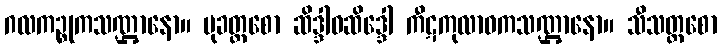
ဂလကဉ္စုကသဏ္ဌာနော။ မုခတ္တစော ဆိဒ္ဒါဝဆိဒ္ဒေါ ကီဋကုလာဝကသဏ္ဌာနော။ သီသတ္တစော